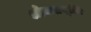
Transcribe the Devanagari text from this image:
लोकप्रवृत्ति